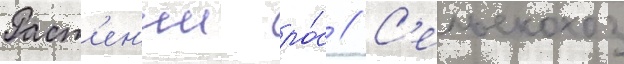
Раст'ен'ии ро́с // С'ельскохоз